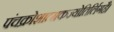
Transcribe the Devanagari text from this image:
पंचक्रोशात्मकज्योतिर्लिगहै।